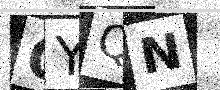
Text: QYQN